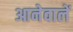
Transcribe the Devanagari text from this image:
आनेवालें